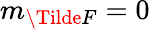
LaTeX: m_{\Tilde{F}}=0